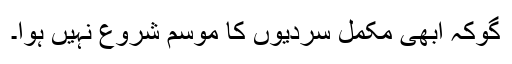
گوکہ ابھی مکمل سردیوں کا موسم شروع نہیں ہوا۔